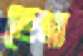
ছেত্রা